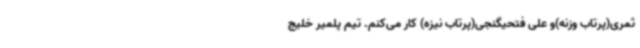
ثمری(پرتاب وزنه)و علی فتحیگنجی(پرتاب نیزه) کار می‌کنم. تیم پلمیر خلیج